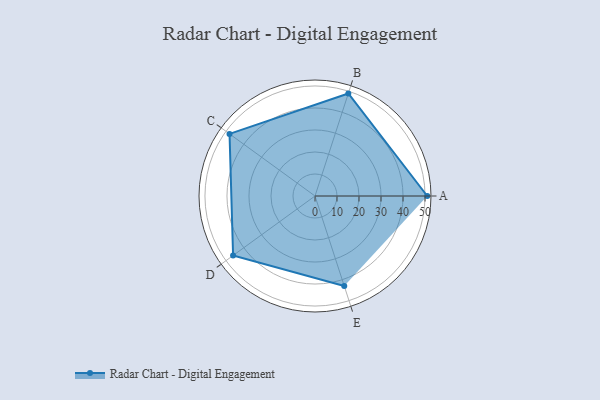
{"axis": {"x": "Skill", "y": "Score"}, "legend": ["Profile"], "data": [{"x": "A", "y": 51.0, "type": "Profile"}, {"x": "B", "y": 49.0, "type": "Profile"}, {"x": "C", "y": 48.0, "type": "Profile"}, {"x": "D", "y": 46.0, "type": "Profile"}, {"x": "E", "y": 43.0, "type": "Profile"}]}